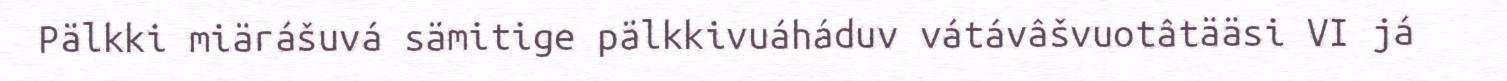
Pälkki miärášuvá sämitige pälkkivuáháduv vátávâšvuotâtääsi VI já